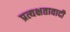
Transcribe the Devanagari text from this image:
प्रत्यक्षतावादी